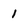
Character: 1